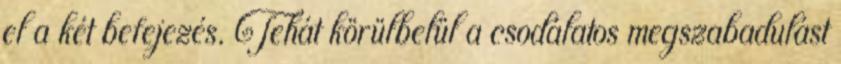
el a két befejezés. Tehát körülbelül a csodálatos megszabadulást